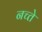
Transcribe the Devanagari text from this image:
नच्ते